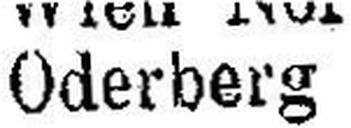
Oderberg